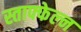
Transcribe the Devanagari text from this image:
स्ताफ्फेल्न